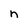
Character: n